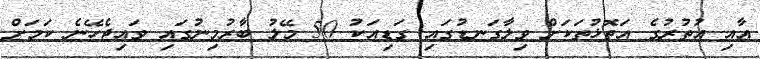
އާއި އުތުރުގެ އަތޮޅުތަކަށް ވިލާގަނޑުގައި ގަޑިއަކު 50 މޭލު ބާރުމިނުގައި ވައިޖެހޭނެ ކަމަށް